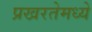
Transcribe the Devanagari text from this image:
प्रखरतेमध्ये